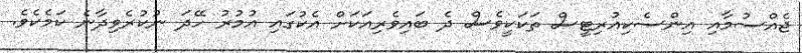
ޖެއްސުމާއި އިންސެކިއުރިޓީސް ތަކަކީވެސް ދެ ބައިވެރިއަކަށް އެކުގައި އުމުރު ހޭދަ ނުކުރެވިދާނެ ކަމެކެވެ.